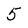
Character: 5